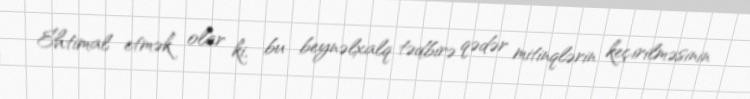
Ehtimal etmək olar ki, bu beynəlxalq tədbirə qədər mitinqlərin keçirilməsinin